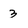
Character: 3